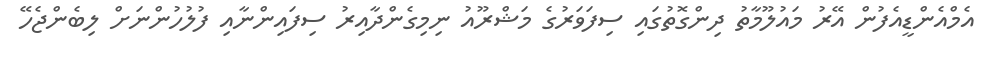
އެމްއެންޑީއެފުން އޭރު މައުލޫމާތު ދިންގޮތުގައި ސިފަވަރުގެ މަޝްރޫއު ނިމިގެންދާއިރު ސިފައިންނާއި ފުލުހުންނަށް ލިބެންޖެހޭ